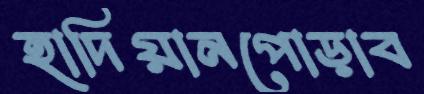
হাদিয়ানপোড়াব